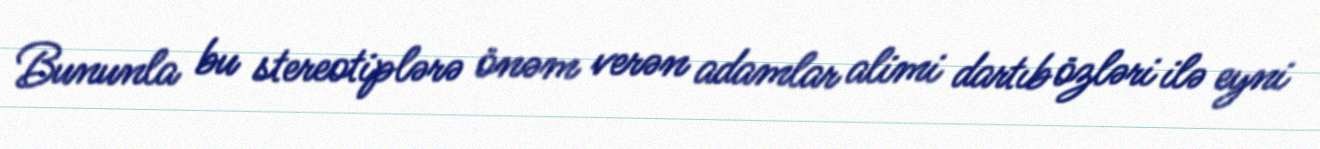
Bununla bu stereotiplərə önəm verən adamlar alimi dartıb özləri ilə eyni